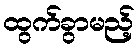
ထွက်ခွာမည့်